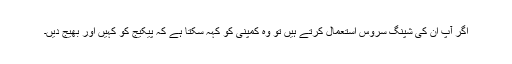
اگر آپ اُن کی شپنگ سروس استعمال کرتے ہیں تو وہ کمپنی کو کہہ سکتا ہے کہ پیکیج کو کہیں اور بھیج دیں۔